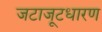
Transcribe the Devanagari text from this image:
जटाजूटधारण